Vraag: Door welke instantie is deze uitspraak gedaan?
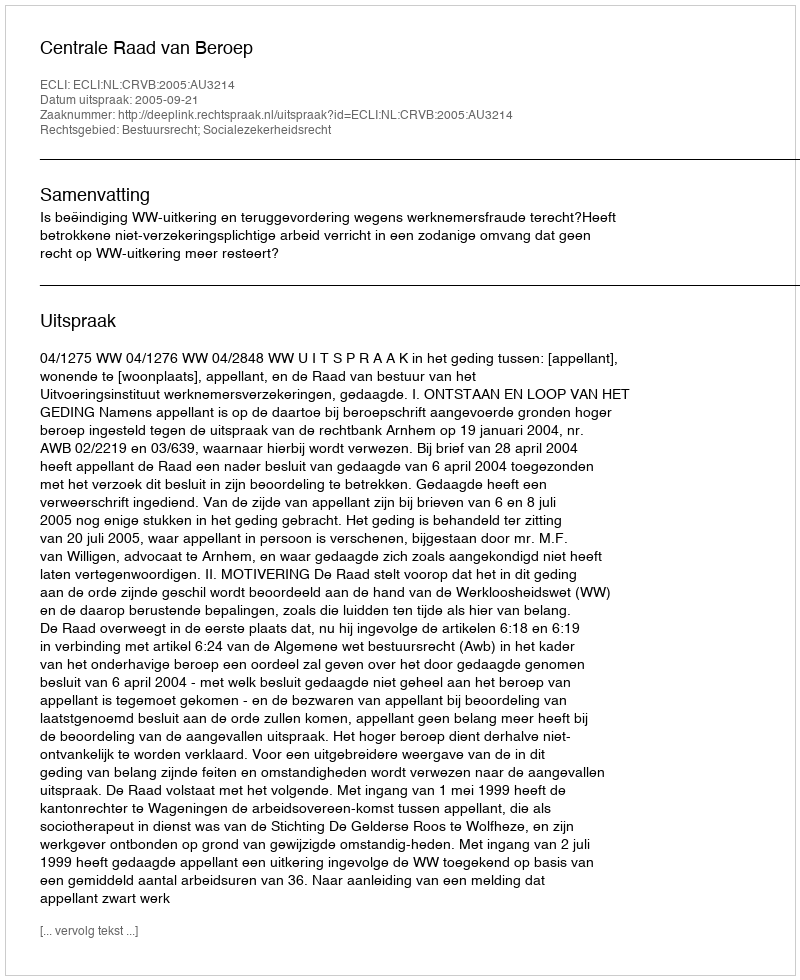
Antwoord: Centrale Raad van Beroep